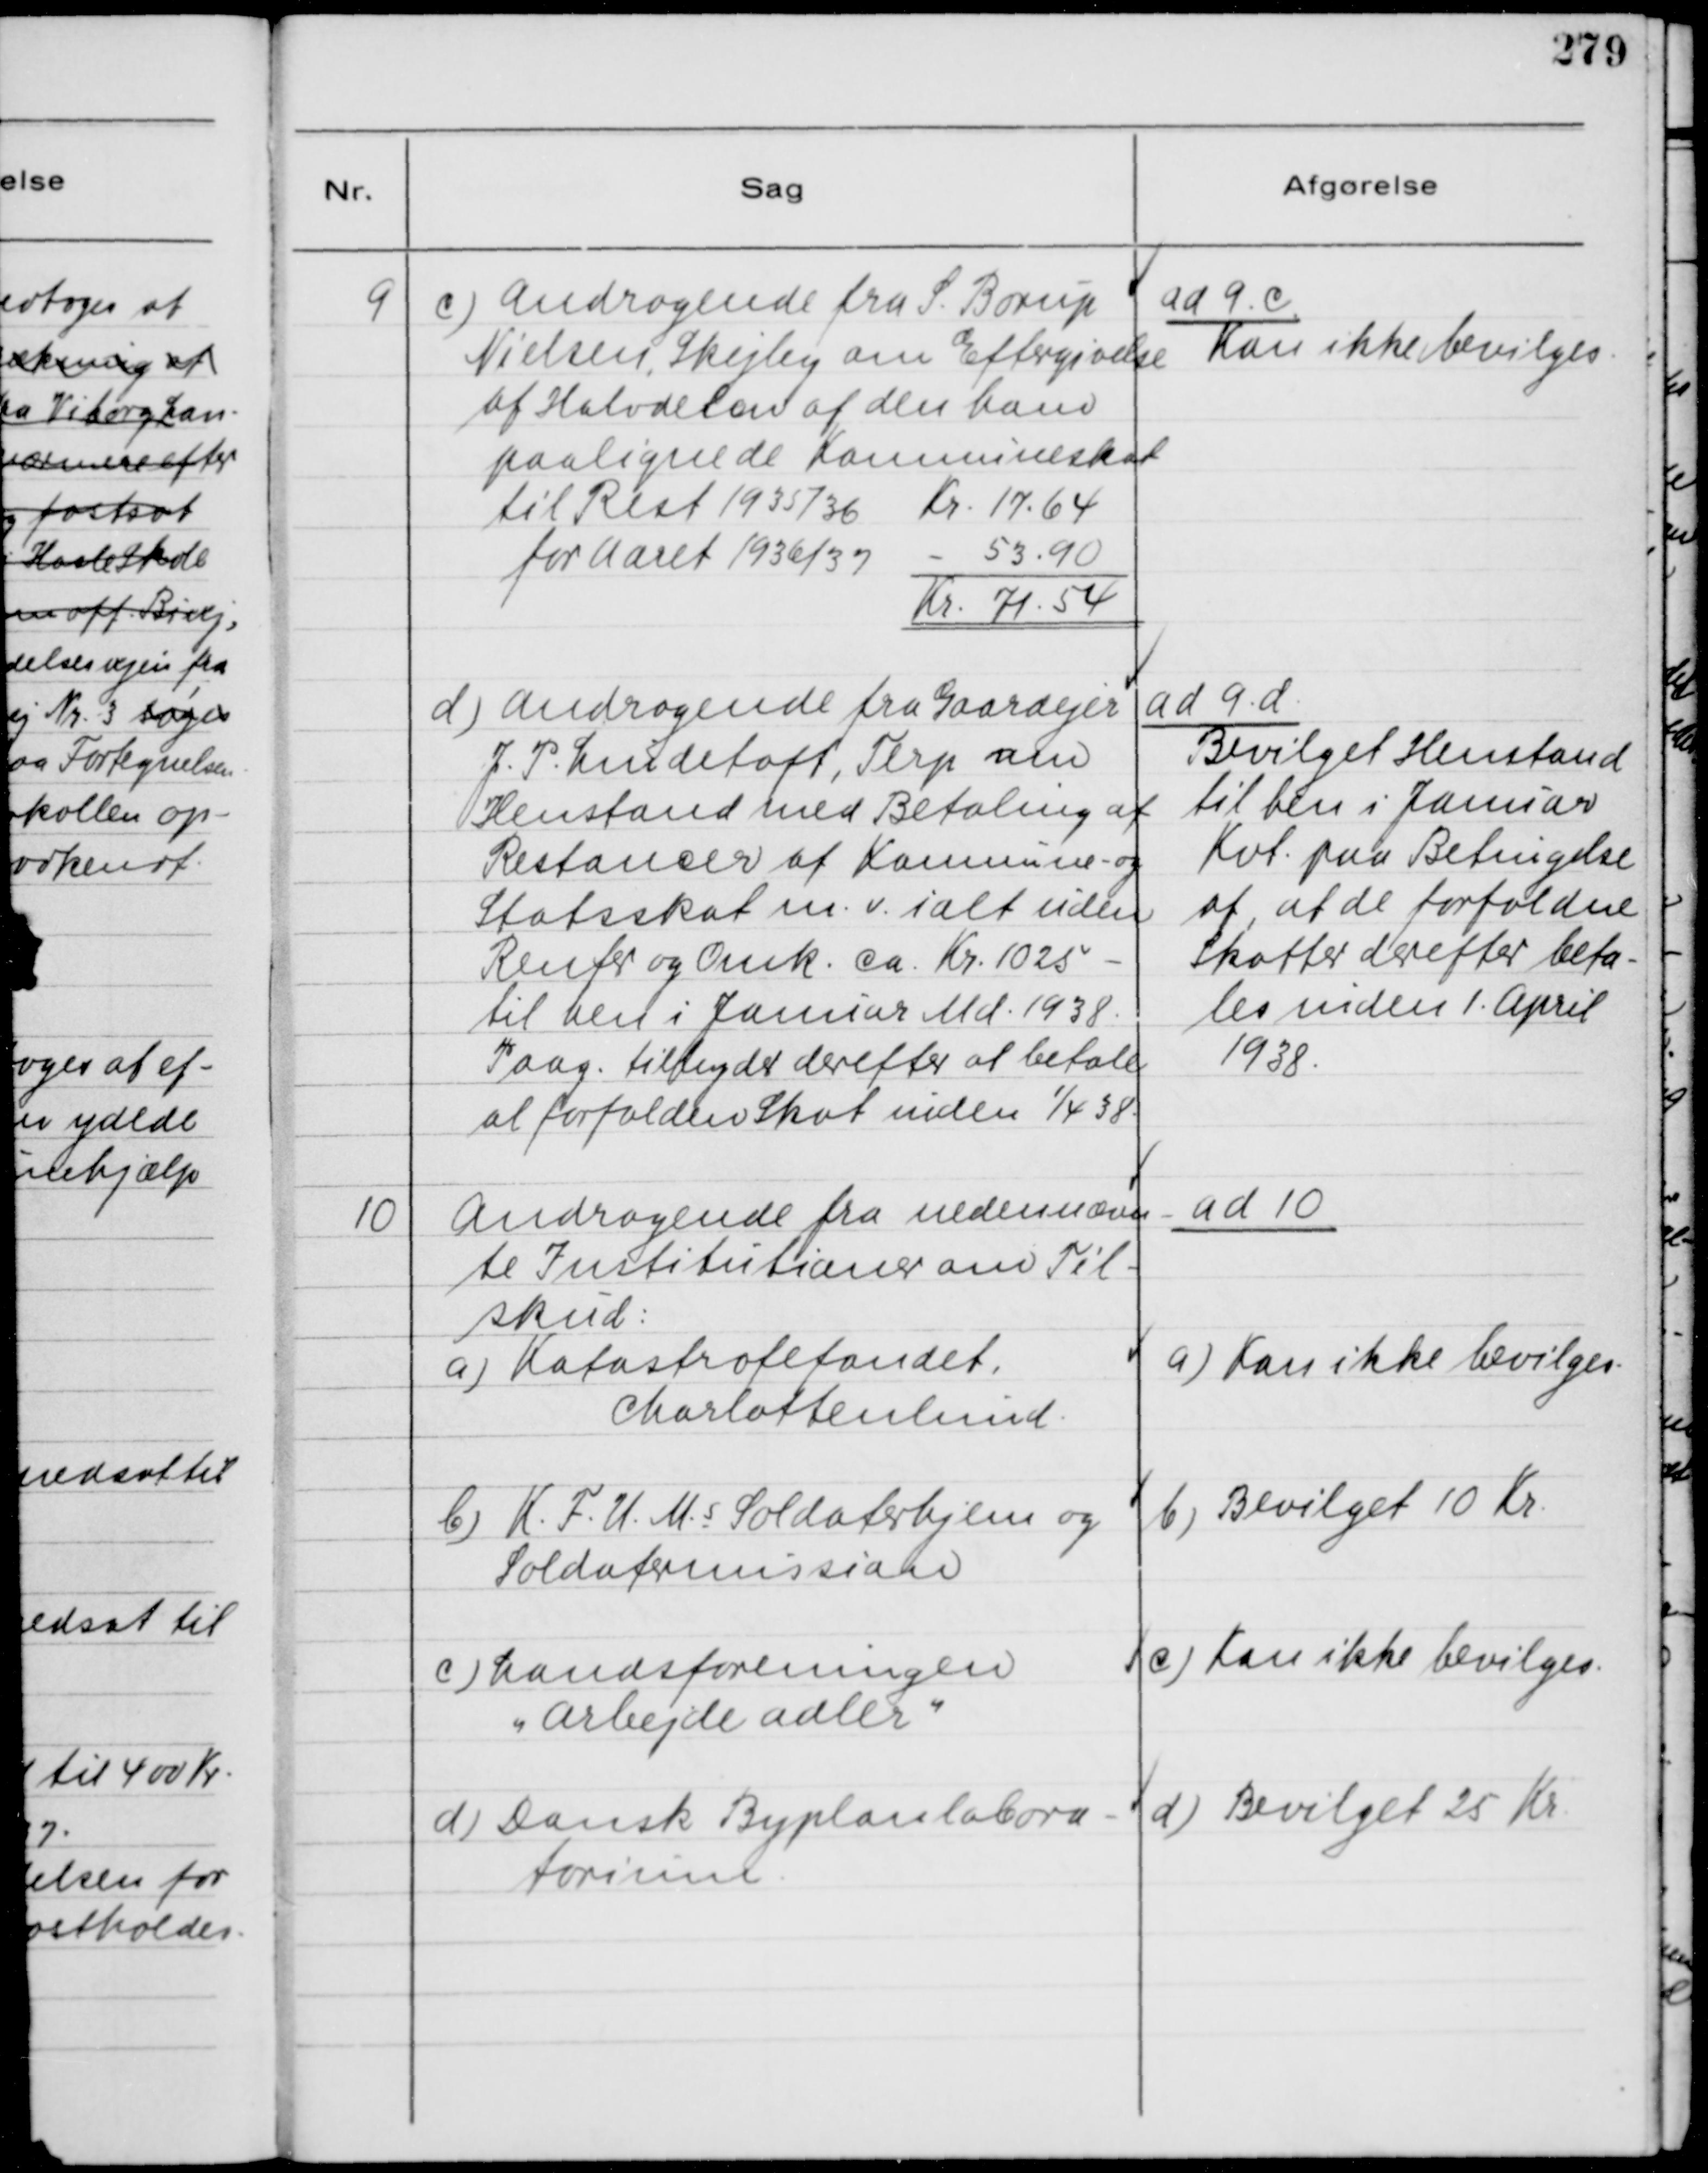
Transskription:
9
c) Andragende fra S. Borup
Nielsen, Skejby om Eftergivelse
af Halvdelen af den ham
paalignede Komnuneskat
til Rest 1935/36 Kr. 17,64
for Aaret 1936/37 - 53,90
Kr. 71.54
ad 9. c
Kan ikke bevilges.
d) Andragende fra Gaardejer
J. P. Lindetoft, Terp om
Henstand med Betaling af
Restancer af Komnune- og
Statsskat m. v. ialt uden
Renter og Omk. ca. Kr. 1025 .
til hen i Januar Md. 1938.
Paag. tilbyder derefter at betale
al forfalden Skat inden 1/4 38.
ad 9. d.
Bevilget Henstand
til hen i Januar
Kvt. paa Betingelse
af, at de forfaldne
Skatter derefter beta-
les inden 1. April
1938.

10
Andragende fra nedennævn-
te Institutioner om Til-
skud:
a) Katastrofefondet,
Charlottenlund.
b) K .F. U. M.s Soldaterhjern og
Soldatermission.
c) Landsforeningen
"Arbejde adler"
d) Dansk Byplanlabora-
torium.

ad 10
a) Kan ikke bevilges.
b) Bevilget 10 Kr.
c) Kan ikke bevilges.
d) Bevilget 25 Kr.